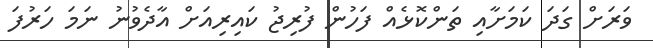
ވަރަށް ގަދަ ކަމަށާއި ތަންކޮޅެއް ފަހުން ފުރިޖު ކައިރިއަށް އާދެވުނު ނަމަ ހަރުފަ